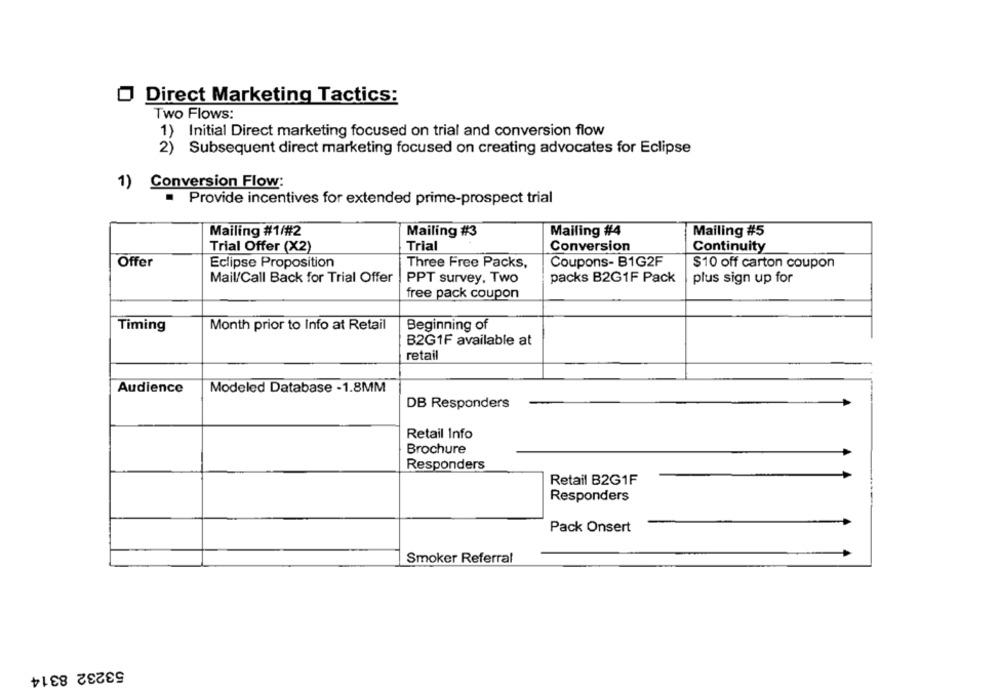
Direct Marketing Tactics:
Two Flows:
1) Initial Direct marketing focused on trial and conversion flow
2) Subsequent direct marketing focused on creating advocates for Eclipse
1) Conversion Flow:
Provide incentives for extended prime-prospect trial
Mailing #1/#2
Mailing #3
Mailing #4
Mailing #5
Trial Offer (X2)
Trial
Conversion
Continuity
Offer
Eclipse Proposition
Coupons- B1G2F
Three Free Packs,
$10 off carton coupon
Mail/Call Back for Trial Offer
PPT survey, Two
packs B2G1F Pack
plus sign up for
free pack coupon
Month prior to Info at Retail
Timing
Beginning of
B2G1F available at
retail
Audience
Modeled Database -1.8MM
DB Responders
Retail Info
Brochure
Responders
Retail B2G1F
Responders
Pack Onsert
Smoker Referral
53232 8314